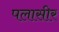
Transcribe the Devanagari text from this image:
पलासीर